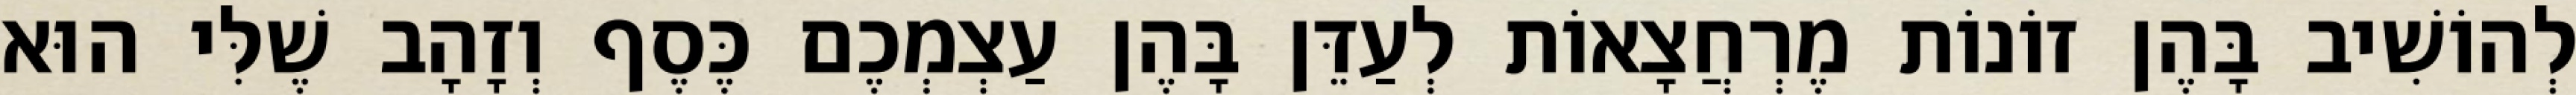
לְהוֹשִׁיב בָּהֶן זוֹנוֹת מֶרְחֲצָאוֹת לְעַדֵּן בָּהֶן עַצְמְכֶם כֶּסֶף וְזָהָב שֶׁלִּי הוּא